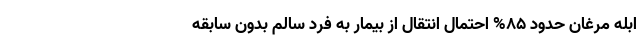
ابله مرغان حدود ۸۵% احتمال انتقال از بیمار به فرد سالم بدون سابقه